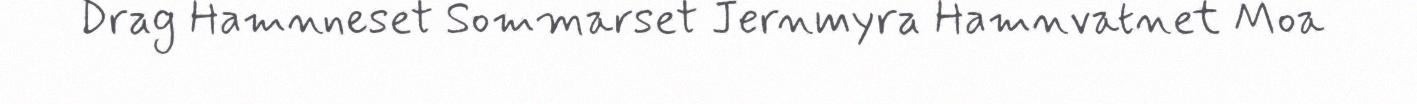
Drag Hamnneset Sommarset Jernmyra Hamnvatnet Moa